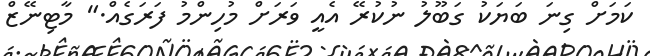
ކަމަށް ގިނަ ބަޔަކު ގަބޫލު ނުކުރޭ އެއީ ވަރަށް މުހިންމު ފަރަގެއް." މާޓިނޭޒް